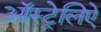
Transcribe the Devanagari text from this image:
ऑस्ट्रेलिऐ